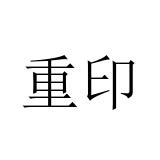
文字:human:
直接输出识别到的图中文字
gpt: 重印